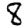
Digit: 8